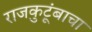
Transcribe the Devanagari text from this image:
राजकुटूंबाचा